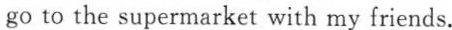
go to the supermarket with my friends.